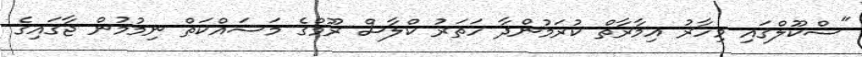
"ސްކޫލްގައި މިހާރު އިމާރާތް ކުރަމުންދާ ހަތަރު ކްލާސް ރޫމްގެ މަސައްކަތް ނިމުމުން ޖާގައިގެ